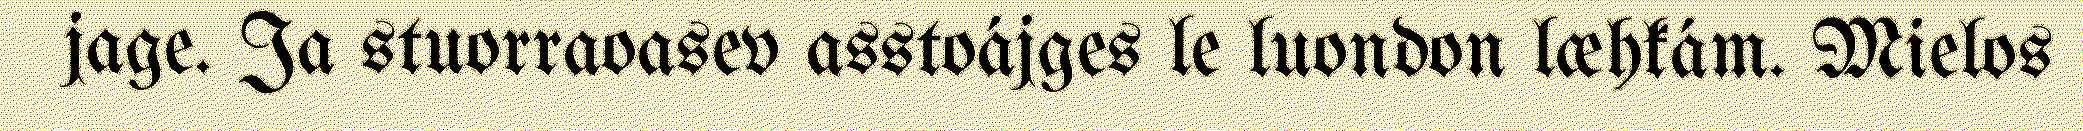
jage. Ja stuorraoasev asstoájges le luondon læhkám. Mielos